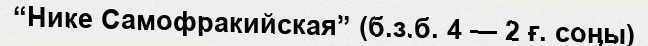
“Нике Самофракийская” (б.з.б. 4 — 2 ғ. соңы)